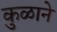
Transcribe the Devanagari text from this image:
कुळाने